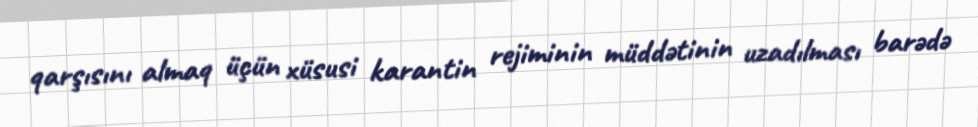
qarşısını almaq üçün xüsusi karantin rejiminin müddətinin uzadılması barədə